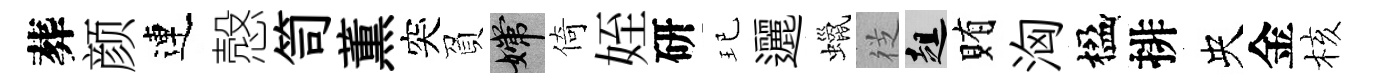
葬颜連慤笥薫突負嫦倚姪研玘邐蠟徔趄賄洶楹排央金核